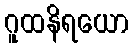
ဂူထနိရယော